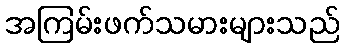
အကြမ်းဖက်သမားများသည်